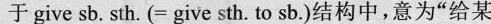
于give sb.sth。(=give sth.to sb。)结构中，意为”给某